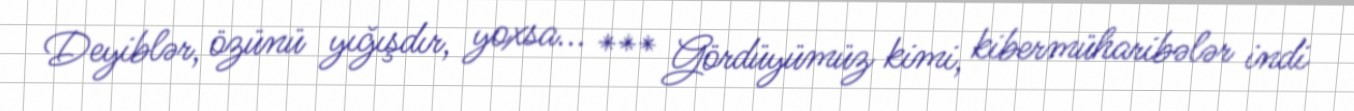
Deyiblər, özünü yığışdır, yoxsa... *** Gördüyümüz kimi, kibermüharibələr indi